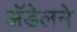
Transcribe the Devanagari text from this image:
अॅडेलने